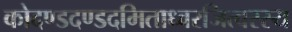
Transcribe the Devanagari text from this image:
कोदण्डदण्डदमिताध्वरजित्वरस्य